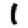
Digit: 1